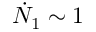
\dot { N } _ { 1 } \sim 1